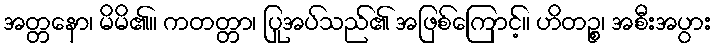
အတ္တနော၊ မိမိ၏။ ကတတ္တာ၊ ပြုအပ်သည်၏ အဖြစ်ကြောင့်။ ဟိတဉ္စ၊ အစီးအပွား